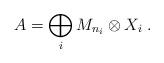
LaTeX: \begin{align*}A=\bigoplus_{i} M_{n_i}\otimes X_i\;.\end{align*}